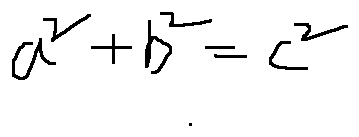
a ^ { 2 } + b ^ { 2 } = c ^ { 2 }